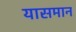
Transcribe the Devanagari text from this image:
यासमान